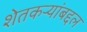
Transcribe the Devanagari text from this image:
शेतकऱ्यांबद्दल